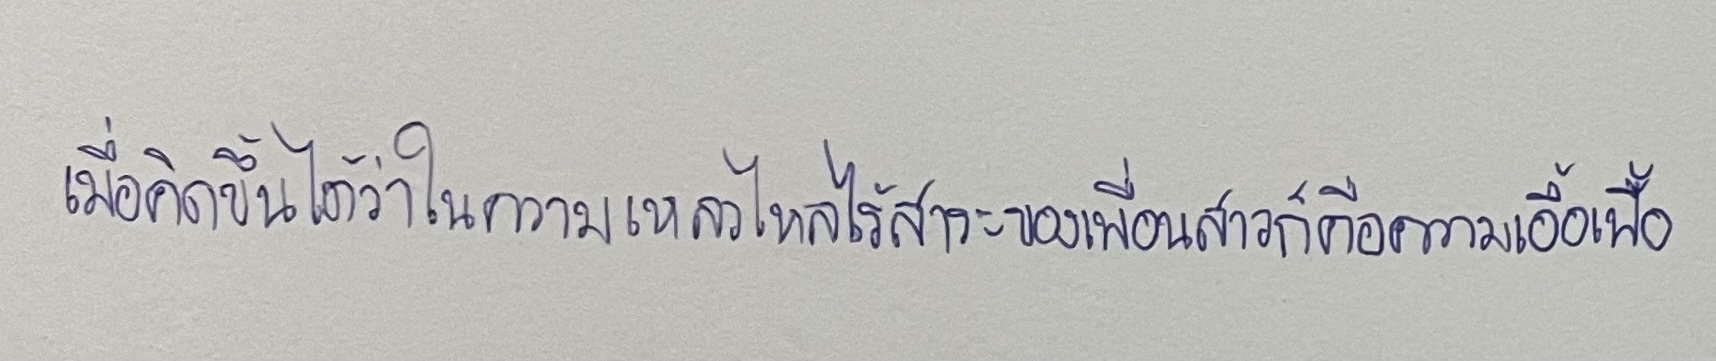
เมื่อคิดขึ้นได้ว่าในความเหลวไหลไร้สาระของเพื่อนสาวก็คือความเอื้อเฟื้อ